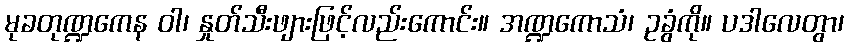
မုခတုဏ္ဍကေန ဝါ၊ နှုတ်သီးဖျားဖြင့်လည်းကောင်း။ အဏ္ဍကောသံ၊ ဥခွံကို။ ပဒါလေတွာ၊